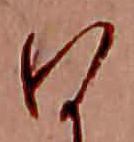
ひ